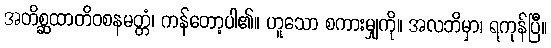
အတိစ္ဆထာတိဝစနမတ္တံ၊ ကန်တော့ပါ၏။ ဟူသော စကားမျှကို။ အလဘိမှာ၊ ရကုန်ပြီ။